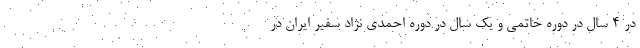
در 4 سال در دوره خاتمی و یک سال در دوره احمدی نژاد سفیر ایران در